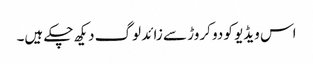
اس ویڈیو کو دو کروڑ سے زائد لوگ دیکھ چکے ہیں۔